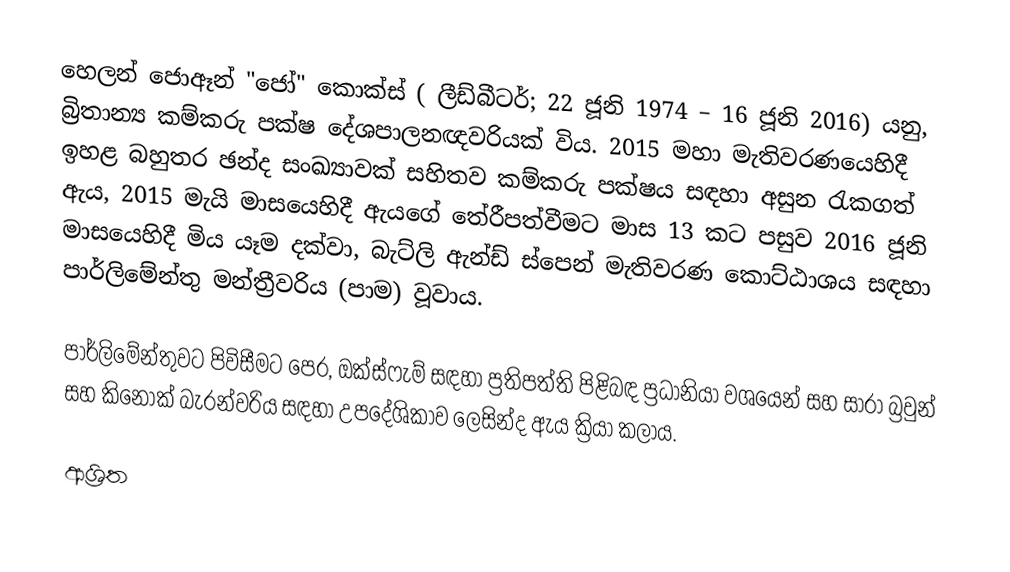
හෙලන් ජොඈන් "ජෝ" කොක්ස් ( ලීඩ්බීටර්; 22 ජූනි 1974 – 16 ජූනි 2016) යනු, බ්‍රිතාන්‍ය කම්කරු පක්ෂ දේශපාලනඥවරියක් විය.  2015 මහා මැතිවරණයෙහිදී ඉහළ බහුතර ඡන්ද සංඛ්‍යාවක් සහිතව කම්කරු පක්ෂය සඳහා අසුන රැකගත් ඇය, 2015 මැයි මාසයෙහිදී ඇයගේ තේරීපත්වීමට මාස 13 කට පසුව 2016 ජූනි මාසයෙහිදී මිය යෑම දක්වා,   බැට්ලි ඇන්ඩ් ස්පෙන් මැතිවරණ කොට්ඨාශය සඳහා පාර්ලිමේන්තු මන්ත්‍රීවරිය (පාම) වූවාය.

පාර්ලිමේන්තුවට පිවිසීමට පෙර, ඔක්ස්ෆැම් සඳහා ප්‍රතිපත්ති පිළිබඳ ප්‍රධානියා වශයෙන් සහ  සාරා බ්‍රවුන් සහ කිනොක් බැරන්වරිය සඳහා උපදේශිකාව ලෙසින්ද ඇය  ක්‍රියා කලාය.

ආශ්‍රිත